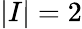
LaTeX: \left|I\right|=2